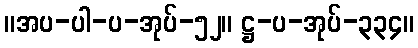
။အပ-ပါ-ပ-အုပ်-၅၂။ ဋ္ဌ-ပ-အုပ်-၃၃၄။